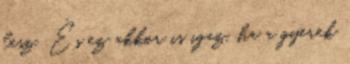
lesz. És ez akkor is igaz, ha a gyerek